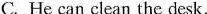
C. He can clean the desk.